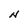
Character: N